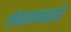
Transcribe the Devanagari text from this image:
लेखनाद्वारे